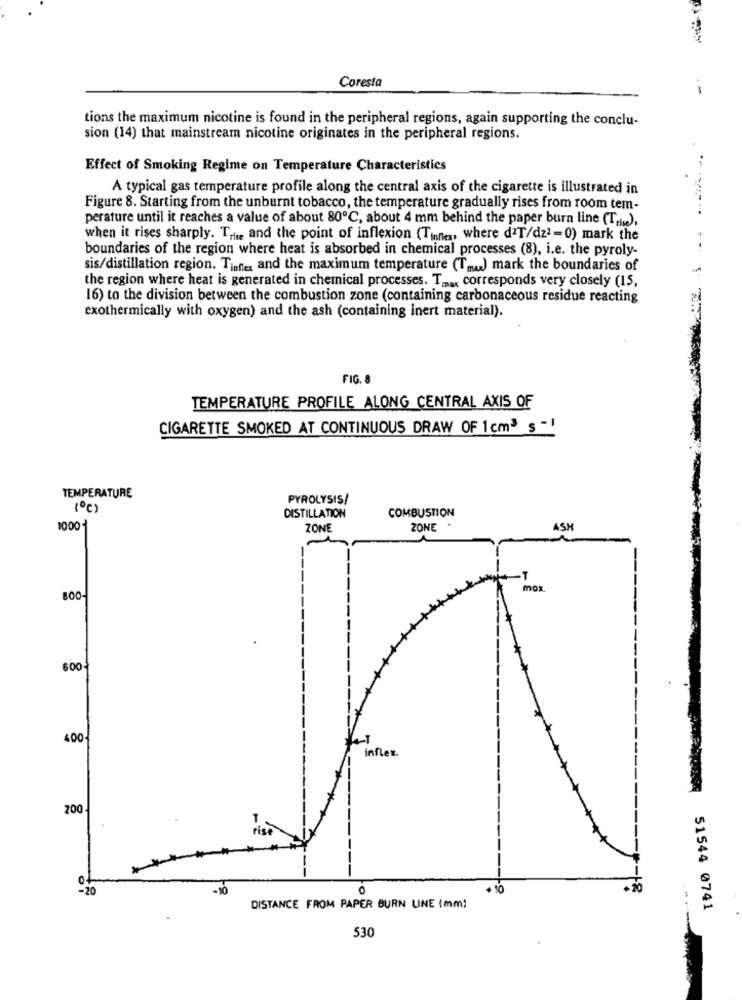
Coresta
tions the maximum nicotine is found in the peripheral regions, again supporting the conclu-
sion (14) that mainstream nicotine originates in the peripheral regions.
Effect of Smoking Regime on Temperature Characteristics
A typical gas temperature profile along the central axis of the cigarette is illustrated in
Figure 8. Starting from the unburnt tobacco, the temperature gradually rises from room tem-
perature until it reaches a value of about 80℃, about 4 mm behind the paper burn line (Tr),
when it rises sharply. Tris and the point of inflexion (Tinner, where daT/dz2 =0) mark the
boundaries of the region where heat is absorbed in chemical processes (8), i.e. the pyroly-
sis/distillation region. Tiafter and the maximum temperature (T ... ) mark the boundaries of
the region where heat is generated in chemical processes. T ..... corresponds very closely (15,
16) to the division between the combustion zone (containing carbonaceous residue reacting
exothermically with oxygen) and the ash (containing inert material).
FIG. 8
TEMPERATURE PROFILE ALONG CENTRAL AXIS OF
CIGARETTE SMOKED AT CONTINUOUS DRAW OF 1cm3 s -1
TEMPERATURE
PYROLYSIS/
1º℃)
COMBUSTION
DISTILLATION
1000
ZONE
ZONE *
ASH
.T
mox.
600-
400
inflex .
200.
T
rise
-10
O
10
+20
DISTANCE FROM PAPER BURN UNE Imm!
51544 0741
530